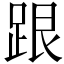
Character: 跟